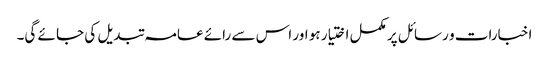
اخبارات و رسائل پر مکمل اختیار ہو اور اس سے رائے عامہ تبدیل کی جا ئے گی۔